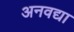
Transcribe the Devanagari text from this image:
अनवद्या